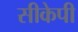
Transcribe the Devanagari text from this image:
सीकेपी